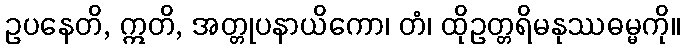
ဥပနေတိ, ဣတိ, အတ္တုပနာယိကော၊ တံ၊ ထိုဥတ္တရိမနုဿဓမ္မကို။